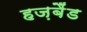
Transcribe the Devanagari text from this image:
हज़बैंड